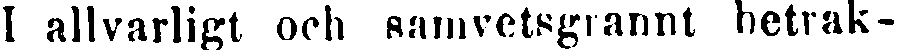
I allvarligt och samvetsgrannt betrak-